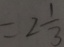
= 2 \frac { 1 } { 3 }